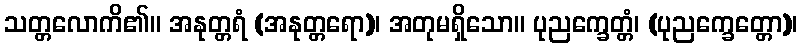
သတ္တလောကိ၏။ အနုတ္တရံ (အနုတ္တရော)၊ အတုမရှိသော။ ပုညက္ခေတ္တံ၊ (ပုညက္ခေတ္တော)၊